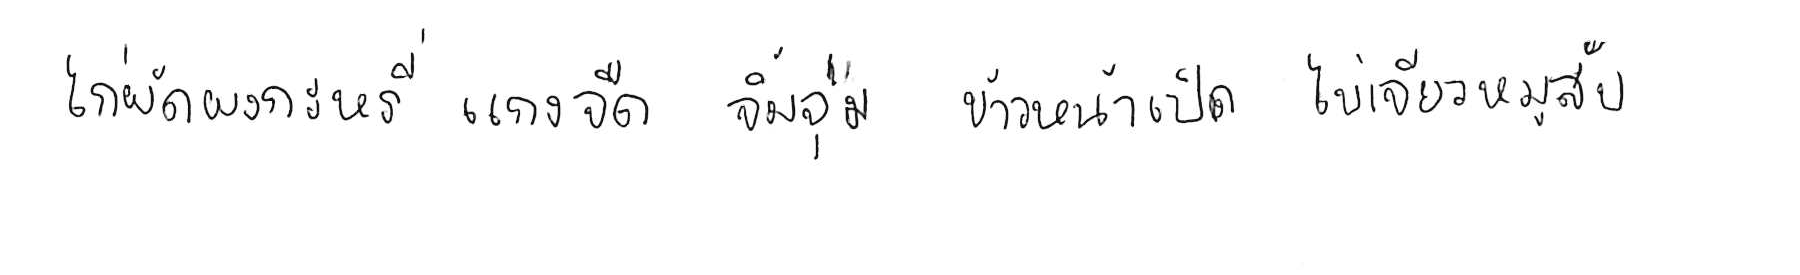
ไก่ผัดผงกะหรี่ แกงจืด จิ้มจุ่ม ข้าวหน้าเป็ด ไข่เจียวหมูสับ